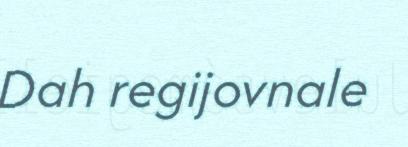
Dah regijovnale